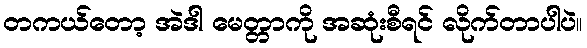
တကယ်တော့ အဲဒါ မေတ္တာကို အဆုံးစီရင် လိုက်တာပါပဲ။